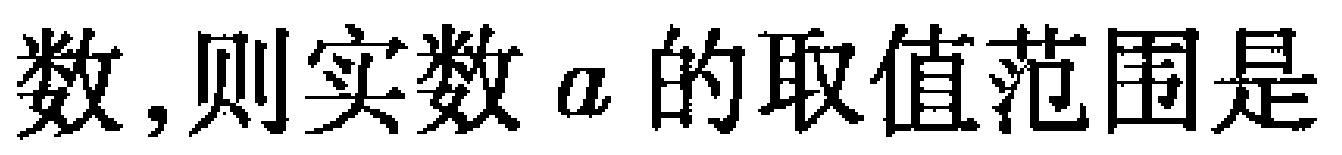
数,则实数\(a\)的取值范围是